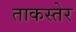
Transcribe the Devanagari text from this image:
ताकस्तेर